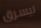
ليسرق